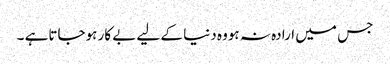
جس میں ارادہ نہ ہووہ دنیا کے لیے بے کار ہوجاتاہے ۔